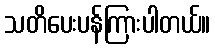
သတိပေးပန်ကြားပါတယ်။